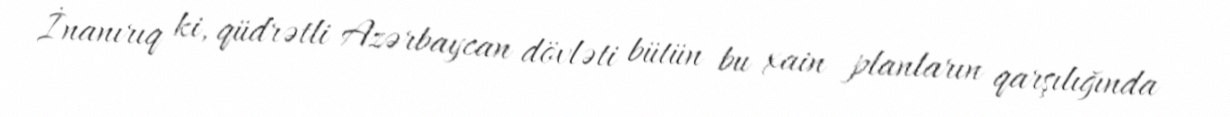
İnanırıq ki, qüdrətli Azərbaycan dövləti bütün bu xain planların qarşılığında